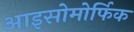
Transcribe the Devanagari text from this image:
आइसोमोर्फिक